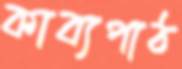
কাব্যপাঠ